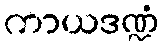
ကာယဒဏ္ဍံ